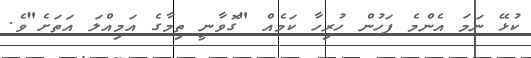
ކުޅޭ ނަމަ އެންމެ ފަހުން ހުރިހާ ކަމެއް "ގޮވާނީ ތިމާގެ އަމިއްލަ އަތަށެ"ވެ.